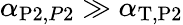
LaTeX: \alpha_{\mathrm{P2},\mathrm{}P2}\gg\alpha_{\mathrm{T},\mathrm{P2}}